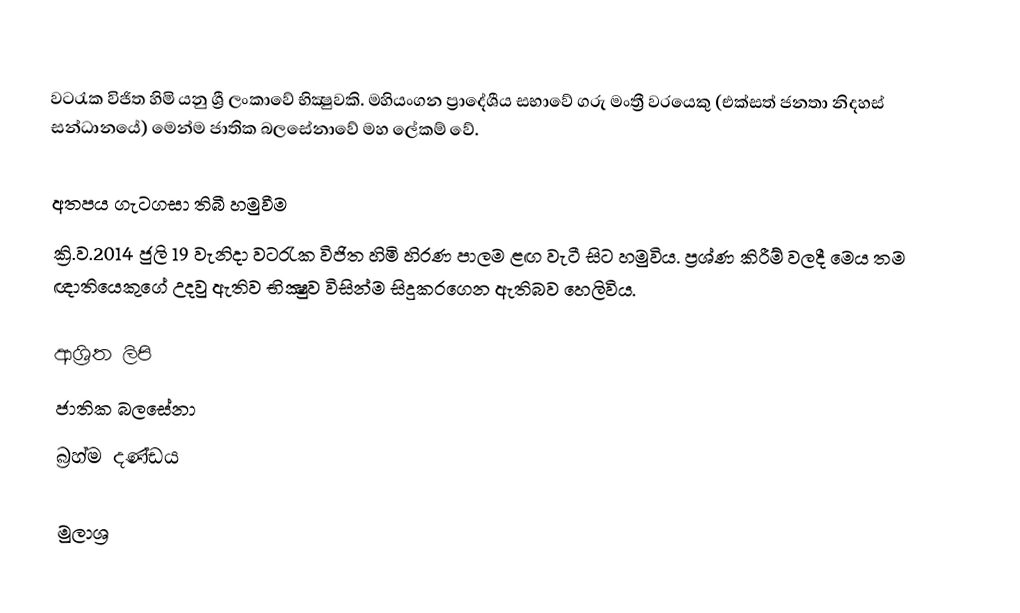
වටරැක විජිත හිමි යනු ශ්‍රී ලංකාවේ භික්‍ෂුවකි. මහියංගන ප්‍රාදේශීය සභාවේ ගරු මංත්‍රී වරයෙකු (එක්‌සත් ජනතා නිදහස්‌ සන්ධානයේ) මෙන්ම  ජාතික බලසේනාවේ මහ ලේකම් වේ.

අතපය ගැටගසා තිබී හමුවීම
ක්‍රි.ව.2014 ජුලි 19 වැනිදා වටරැක විජිත හිමි හිරණ පාලම ළඟ වැටී සිට හමුවිය.  ප්‍රශ්ණ කිරීම් වලදී මෙය තම ඥාතියෙකුගේ උදවු ඇතිව භික්‍ෂුව විසින්ම සිදුකරගෙන ඇතිබව හෙලිවිය.

ආශ්‍රිත ලිපි
 ජාතික බලසේනා
 බ්‍රහ්ම දණ්ඩය

මුලාශ්‍ර